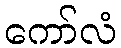
ကော်လံ